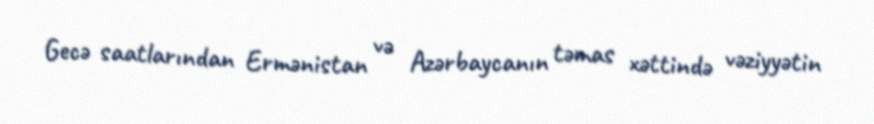
Gecə saatlarından Ermənistan və Azərbaycanın təmas xəttində vəziyyətin